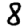
Digit: 8